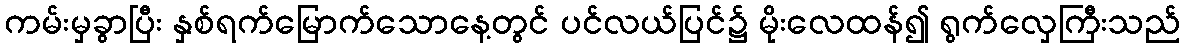
ကမ်းမှခွာပြီး နှစ်ရက်မြောက်သောနေ့တွင် ပင်လယ်ပြင်၌ မိုးလေထန်၍ ရွက်လှေကြီးသည်